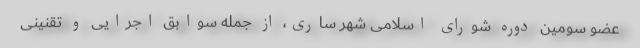
عضو سومین دوره شورای اسلامی شهر ساری، از جمله سوابق اجرایی و تقنینی